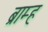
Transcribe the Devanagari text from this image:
ब्राम्ह